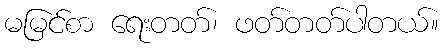
မမြင်စာ ရေးတတ်၊ ဖတ်တတ်ပါတယ်။